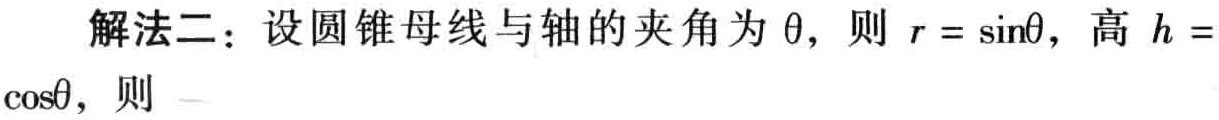
解法二：设圆锥母线与轴的夹角为\(\theta\)，则\(r = \sin\theta\)，高\(h =\cos\theta\)，则